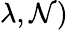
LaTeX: \lambda,\mathcal{N})